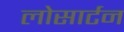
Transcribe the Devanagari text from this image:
लोसार्टन